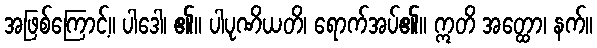
အဖြစ်ကြောင့်။ ပါဒေါ၊ ၏။ ပါပုဏိယတိ၊ ရောက်အပ်၏။ ဣတိ အတ္ထော၊ နက်။